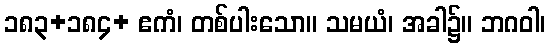
၁၈၃+၁၈၄+ ဧကံ၊ တစ်ပါးသော။ သမယံ၊ အခါ၌။ ဘဂဝါ၊